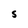
Character: S